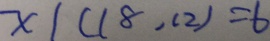
x \vert ( 1 8 , 1 2 ) = b